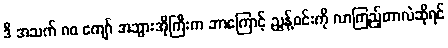
ဒီ အသက် ၈၀ ကျော် အဘွားအိုကြီးက ဘာကြောင့် ညွန့်ဝင်းကို လာကြည့်တာလဲဆိုရင်